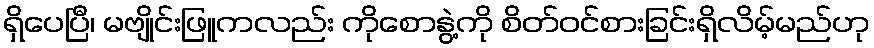
ရှိပေပြီ၊ မဗျိုင်းဖြူကလည်း ကိုစောနွဲ့ကို စိတ်ဝင်စားခြင်းရှိလိမ့်မည်ဟု